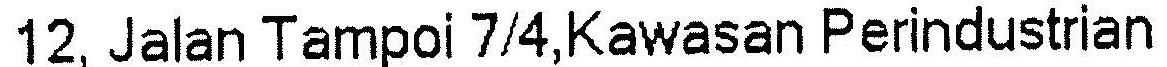
12, JALAN TAMPOI 7/4,KAWASAN PERINDUSTRIAN